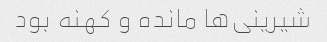
شیرینی‌ها مانده و کهنه بود